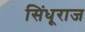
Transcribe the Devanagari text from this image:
सिंधूराज